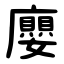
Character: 廮